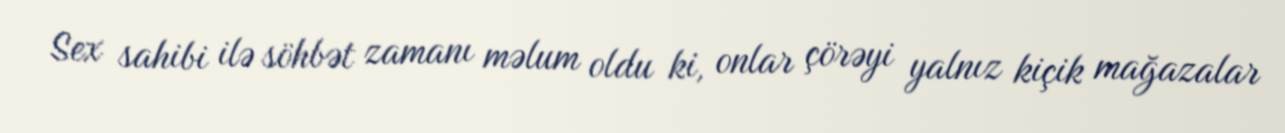
Sex sahibi ilə söhbət zamanı məlum oldu ki, onlar çörəyi yalnız kiçik mağazalar